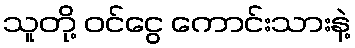
သူတို့ ဝင်ငွေ ကောင်းသားနဲ့